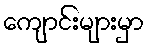
ကျောင်းများမှာ